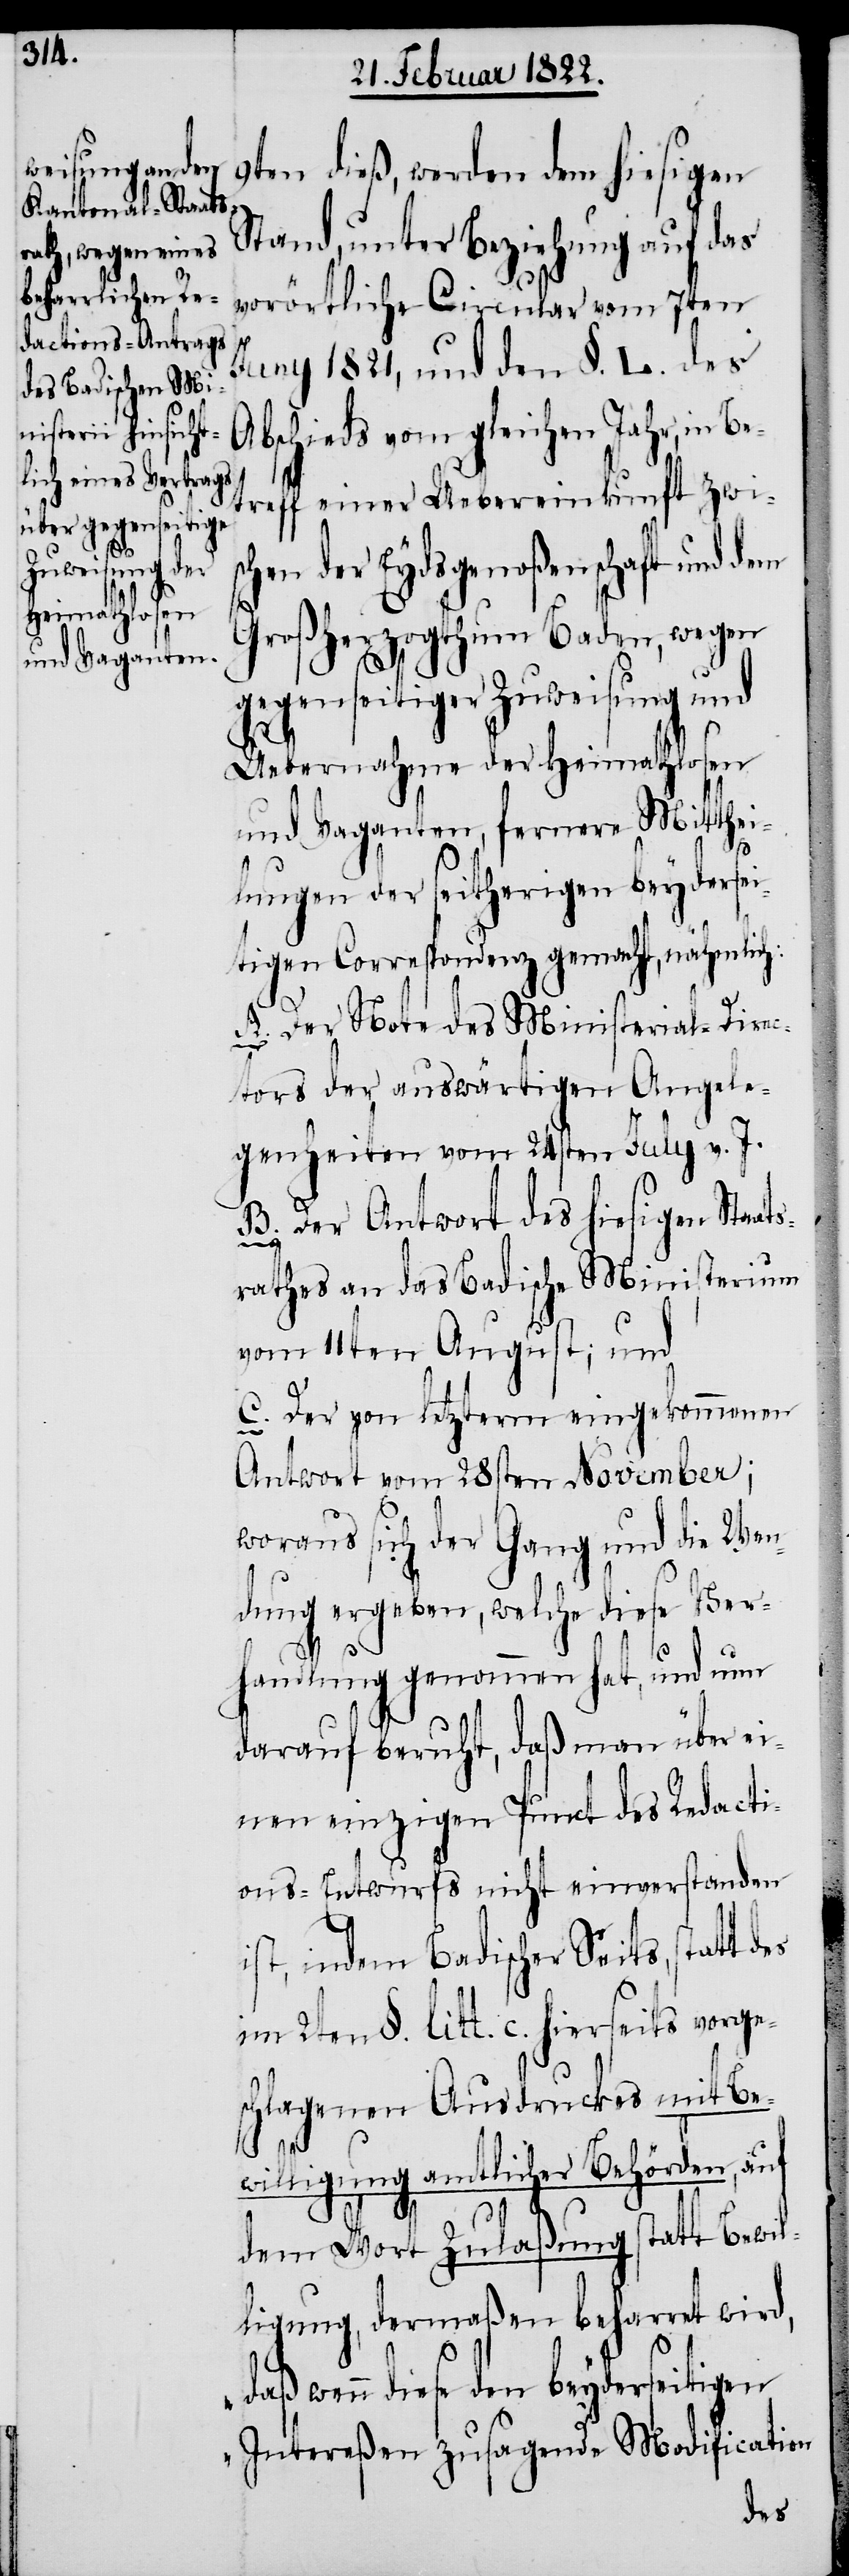
9ten dieß, werden dem hiesigen
Stand, unter Beziehung auf das
vorörtliche Circular vom 7ten
Juny 1821, und den §. L. des
Abschieds vom gleichen Jahr, in Be¬
treff einer Uebereinkunft zwis¬
chen der Eydsgenoßenschaft und dem
Großherzogthum Baden, wegen
gegenseitiger Zuweisung und
Uebernahme der Heimathlosen
und Vaganten, fernere Mitthei¬
s¬
lungen der seitherigen beydersei¬
tigen Correspondenz gemacht, nähmlich:
A. Der Note des Ministerial-Direc¬
tors der auswärtigen Angele¬
genheiten vom 24sten July v. J.
B. Der Antwort des hiesigen Staat¬
rathes an das Badische Ministerium
vom 11ten August; und
C. Der von letzterm eingekommenen
Antwort vom 28sten November;
woraus sich der Gang und die Wen¬
dung ergeben, welche diese Ver¬
handlung genommen hat, und nun
darauf beruht, daß man über ei¬
nen einzigen Punct des Redacti¬
ons-Entwurfs nicht einverstanden
ist, indem Badischer Seits, statt
des 2ten §. litt. c. hierseits vorges¬
chlagenen Ausdruckes mit Be¬
ication
willigung amtlicher Behörden, auf
dem Wort Zulaßung statt Bewil¬
ligung, dermaßen beharrt wird,
diese den beyderseitigen
Intereßen zusagende Modif¬